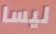
ليسا